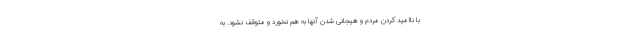
با ناامید کردن مردم و هیجانی شدن آنها به هم نخورد و متوقف نشود. به